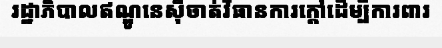
រដ្ឋាភិបាលឥណ្ឌូនេស៊ីចាត់វិធានការក្តៅដើម្បីការពារ